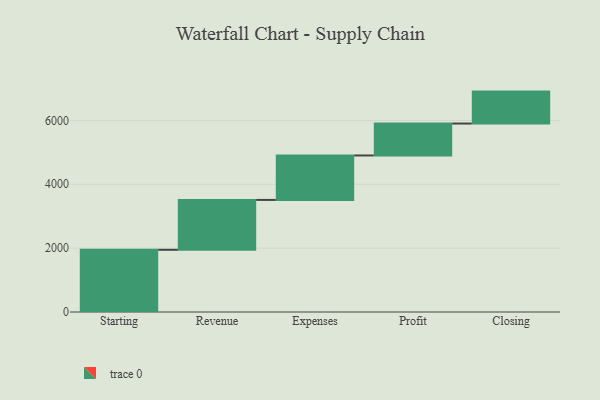
{"axis": {"x": "Step", "y": "Value"}, "legend": [""], "data": [{"x": "Starting", "y": 1948.0, "type": ""}, {"x": "Revenue", "y": 1562.0, "type": ""}, {"x": "Expenses", "y": 1392.0, "type": ""}, {"x": "Profit", "y": 1000, "type": ""}, {"x": "Closing", "y": 1000, "type": ""}]}